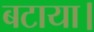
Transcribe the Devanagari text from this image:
बटाया।